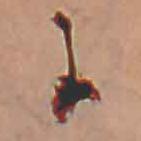
に